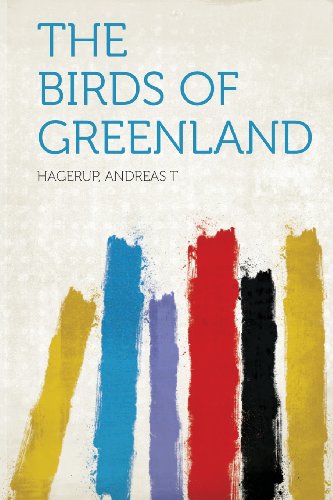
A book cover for The Birds of Greenland; Hagerup Andreas T; History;